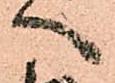
へ